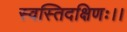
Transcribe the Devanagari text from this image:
स्वस्तिदक्षिणः।।